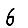
Digit: 6